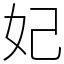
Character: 妃